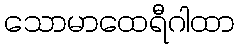
သောမာထေရီဂါထာ